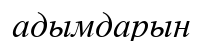
адымдарын